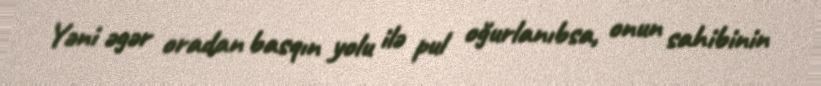
Yəni əgər oradan basqın yolu ilə pul oğurlanıbsa, onun sahibinin